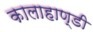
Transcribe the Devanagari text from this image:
कालाहाण्डी